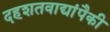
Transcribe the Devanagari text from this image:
दहशतवाद्यांपैकी